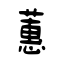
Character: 蕙